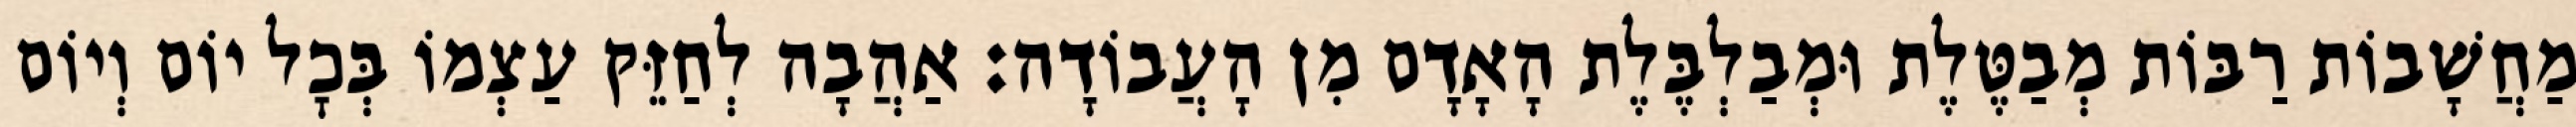
מַחֲשָׁבוֹת רַבּוֹת מְבַטֶּלֶת וּמְבַלְבֶּלֶת הָאָדָם מִן הָעֲבוֹדָה: אַהֲבָה לְחַזֵּק עַצְמוֹ בְּכׇל יוֹם וְיוֹם